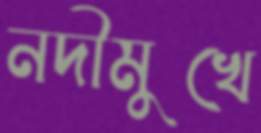
নদীমুখে